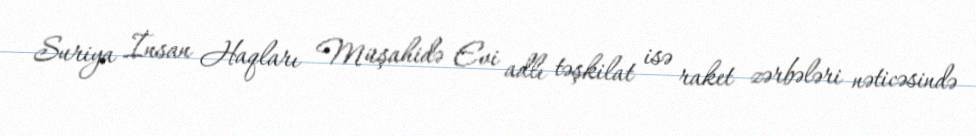
Suriya İnsan Haqları Müşahidə Evi adlı təşkilat isə raket zərbələri nəticəsində